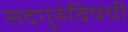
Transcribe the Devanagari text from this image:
सदगुरुंविषयी